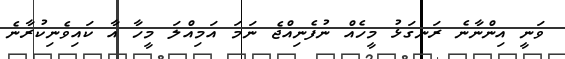
ވަނީ އިންނާނެ ރަނގަޅު މީހެއް ނުފެނިއްޖެ ނަމަ އަމިއްލަ މީހާ އާ ކައިވެނިކުރާނެ